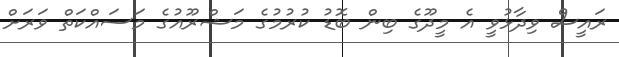
ރައީސް ވިދާޅުވީ އެ މީދޫގެ ބިން ބޮޑު ކުރުމުގެ މަޝްރޫއުގެ މަސައްކަތް ވަރަށް